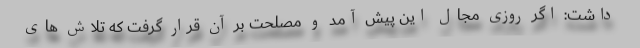
داشت: اگر روزی مجال این پیش آمد و مصلحت بر آن قرار گرفت که تلاش های